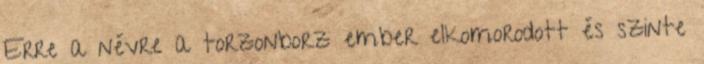
Erre a névre a torzonborz ember elkomorodott és szinte